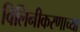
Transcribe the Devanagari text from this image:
विलिनीकरणाच्या